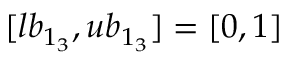
[ l b _ { 1 _ { 3 } } , u b _ { 1 _ { 3 } } ] = [ 0 , 1 ]